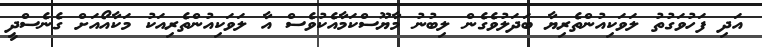
އަދި ފަހުވަގުތު ލަވަކިއުންތެރިޔާ ބަދަލުވެގެން ލިބުނު މާޔޫސްކަމާއެކުވެސް އާ ލަވަކިއުންތެރިއަކު މަކާއޯއަށް ގެނެސްދީ